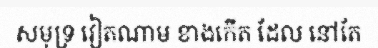
សមុទ្រ វៀតណាម ខាងកើត ដែល នៅតែ